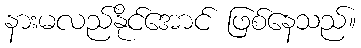
နားမလည်နိုင်အောင် ဖြစ်နေသည်။